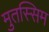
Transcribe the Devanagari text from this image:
मुतस्सिम